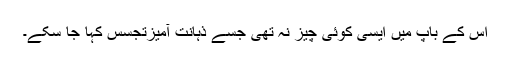
اس کے باپ میں ایسی کوئی چیز نہ تھی جسے ذہانت آمیزتجسس کہا جا سکے۔